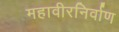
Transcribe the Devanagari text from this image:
महावीरनिर्वाण